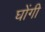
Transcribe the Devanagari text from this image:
घोंगी